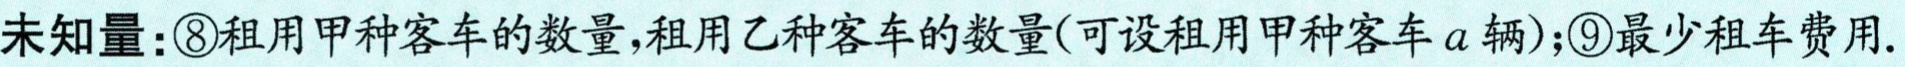
未知量：\textcircled{8}租用甲种客车的数量,租用乙种客车的数量(可设租用甲种客车\(a\)辆)；\textcircled{9}最少租车费用.